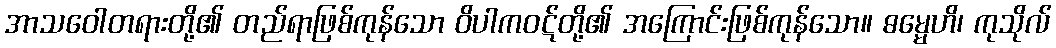
အာသဝေါတရားတို့၏ တည်ရာဖြစ်ကုန်သော ဝိပါကဝဋ်တို့၏ အကြောင်းဖြစ်ကုန်သော။ ဓမ္မေဟိ၊ ကုသိုလ်